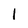
Character: I